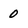
Character: 0